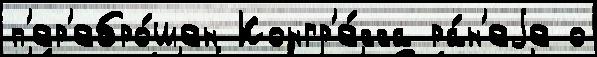
п'ер'ебро́шен Конгр'е́сса ра́н'еjе о